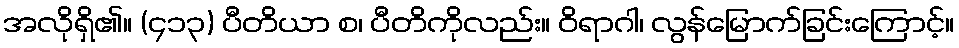
အလိုရှိ၏။ (၄၁၃) ပီတိယာ စ၊ ပီတိကိုလည်း။ ဝိရာဂါ၊ လွန်မြောက်ခြင်းကြောင့်။